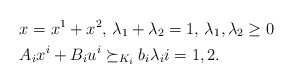
\begin{align*}& x = x^1 + x^2, \, \lambda_1+\lambda_2 = 1, \, \lambda_1, \lambda_2 \geq 0 \\& A_i x^i + B_i u^i\succeq_{K_i} b_i \lambda_i i = 1,2.\end{align*}